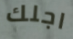
اجلك